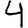
Digit: 4